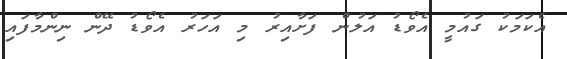
އެކަމަކު ގައުމީ އެވޯޑު އަލުން ފަށާއިރު މި އަހަރު އެވޯޑު ދޭން ނިންމާފައި